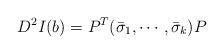
LaTeX: \begin{align*}D^2I(b) = P^T(\bar{\sigma}_1,\cdots, \bar{\sigma}_k)P\end{align*}